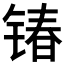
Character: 𮸔